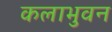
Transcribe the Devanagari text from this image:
कलाभुवन